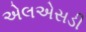
એલએસડી